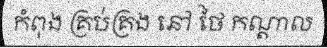
កំពុង គ្រប់គ្រង នៅ ថៃ កណ្តាល